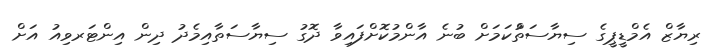
ރިޔާޒް އެމްޑީޕީގެ ސިޔާސަތުްކަަމަށް ބުނެ އާންމުކޮށްފައިވާ ދޮގު ސިޔާސަތާއިމެދު ދިން އިންޓަރވިއު އަށް